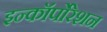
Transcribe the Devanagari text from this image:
इन्कॉर्पोरेशन